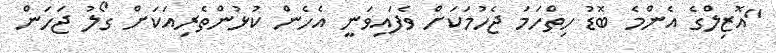
"އޮޒިލްގެ އެންމެ ބޮޑު ހިތްހަމަ ޖެހުމަކަށް ވެފައިވަނީ އެހެން ކުޅުންތެރިއަކަށް ގޯލު ޖަހަން